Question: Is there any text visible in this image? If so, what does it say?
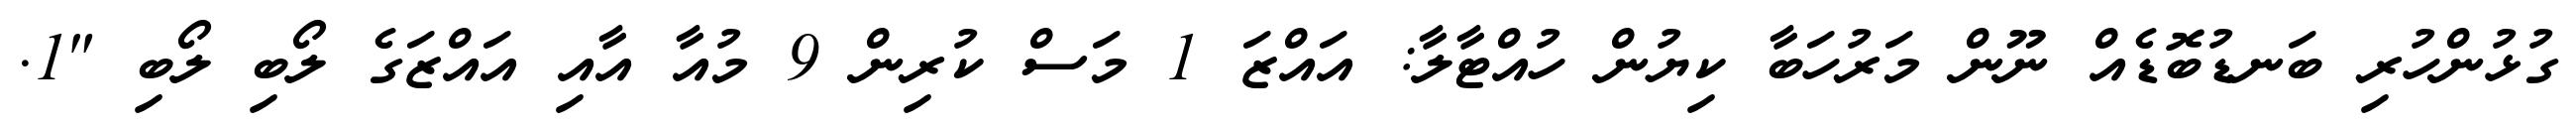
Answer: ގުޅުންހުރި ބަނޑުބޮޑެއް ނޫން މަރުހަބާ ކިޔުން ހުއްޓާލާ: އައްޒަ 1 މަސް ކުރިން 9 މުއާ އާއި އައްޒަގެ ލޯބި ލޯބި "1.